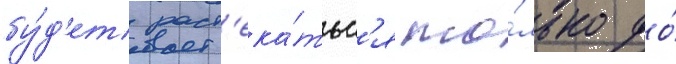
бу́д'ет раст'ека́тьс'я то́лько до́